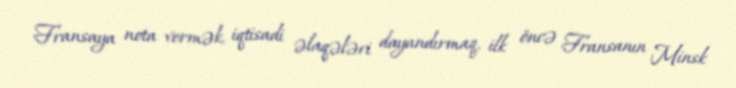
Fransaya nota vermək, iqtisadi əlaqələri dayandırmaq, ilk öncə Fransanın Minsk